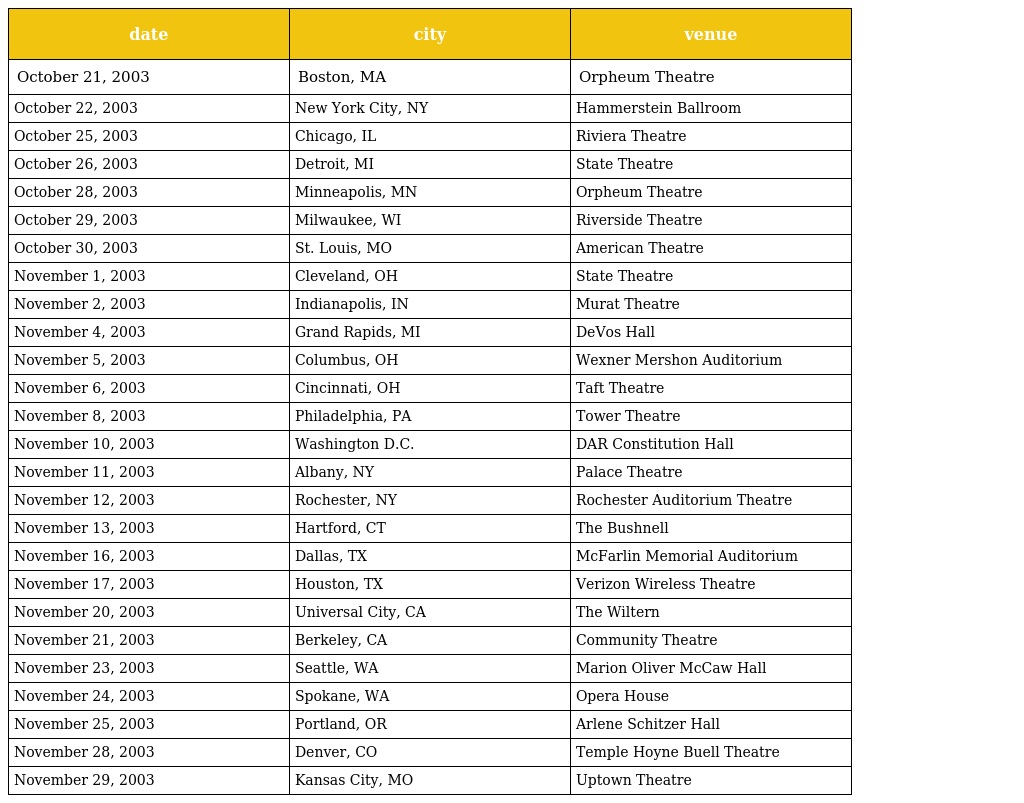
| date | city | venue |
 | --- | --- | --- |
 | October 21, 2003 | Boston, MA | Orpheum Theatre |
 | October 22, 2003 | New York City, NY | Hammerstein Ballroom |
 | October 25, 2003 | Chicago, IL | Riviera Theatre |
 | October 26, 2003 | Detroit, MI | State Theatre |
 | October 28, 2003 | Minneapolis, MN | Orpheum Theatre |
 | October 29, 2003 | Milwaukee, WI | Riverside Theatre |
 | October 30, 2003 | St. Louis, MO | American Theatre |
 | November 1, 2003 | Cleveland, OH | State Theatre |
 | November 2, 2003 | Indianapolis, IN | Murat Theatre |
 | November 4, 2003 | Grand Rapids, MI | DeVos Hall |
 | November 5, 2003 | Columbus, OH | Wexner Mershon Auditorium |
 | November 6, 2003 | Cincinnati, OH | Taft Theatre |
 | November 8, 2003 | Philadelphia, PA | Tower Theatre |
 | November 10, 2003 | Washington D.C. | DAR Constitution Hall |
 | November 11, 2003 | Albany, NY | Palace Theatre |
 | November 12, 2003 | Rochester, NY | Rochester Auditorium Theatre |
 | November 13, 2003 | Hartford, CT | The Bushnell |
 | November 16, 2003 | Dallas, TX | McFarlin Memorial Auditorium |
 | November 17, 2003 | Houston, TX | Verizon Wireless Theatre |
 | November 20, 2003 | Universal City, CA | The Wiltern |
 | November 21, 2003 | Berkeley, CA | Community Theatre |
 | November 23, 2003 | Seattle, WA | Marion Oliver McCaw Hall |
 | November 24, 2003 | Spokane, WA | Opera House |
 | November 25, 2003 | Portland, OR | Arlene Schitzer Hall |
 | November 28, 2003 | Denver, CO | Temple Hoyne Buell Theatre |
 | November 29, 2003 | Kansas City, MO | Uptown Theatre |